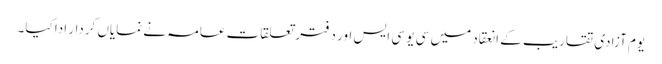
یوم آزادی تقاریب کے انعقاد میں سی یو سی ایس اور دفتر تعلقات عامہ نے نمایاں کردار ادا کیا۔